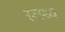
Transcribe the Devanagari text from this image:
स्व्स्थ्य